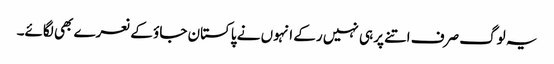
یہ لوگ صرف اتنے پر ہی نہیں رکے انہوں نے پاکستان جاؤ کے نعرے بھی لگائے۔